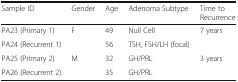
<table><thead><tr><td><b>Sample ID</b></td><td><b>Gender</b></td><td><b>Age</b></td><td><b>Adenoma Subtype</b></td><td><b>Time to Recurrence</b></td></tr></thead><tbody><tr><td>PA23 (Primary 1)</td><td rowspan="2">F</td><td>49</td><td>Null Cell</td><td rowspan="2">7 years</td></tr><tr><td>PA24 (Recurrent 1)</td><td>56</td><td>TSH, FSH/LH (focal)</td></tr><tr><td>PA25 (Primary 2)</td><td rowspan="2">M</td><td>32</td><td>GH/PRL</td><td rowspan="2">3 years</td></tr><tr><td>PA26 (Recurrent 2)</td><td>35</td><td>GH/PRL</td></tr></tbody></table>